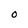
Character: O